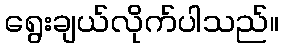
ရွေးချယ်လိုက်ပါသည်။